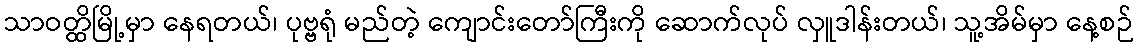
သာဝတ္ထိမြို့မှာ နေရတယ်၊ ပုဗ္ဗရုံ မည်တဲ့ ကျောင်းတော်ကြီးကို ဆောက်လုပ် လှူဒါန်းတယ်၊ သူ့အိမ်မှာ နေ့စဉ်